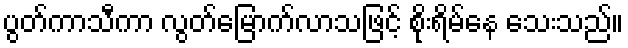
ပွတ်ကာသီကာ လွတ်မြောက်လာသဖြင့် စိုးရိမ်နေ သေးသည်။